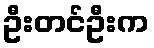
ဦးတင်ဦးက